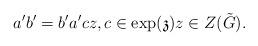
LaTeX: \begin{align*} a'b'=b'a'cz,c\in \exp(\mathfrak{z})z\in Z(\tilde{G}).\end{align*}